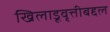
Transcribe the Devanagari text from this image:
खिलाडूवृत्तीबद्दल